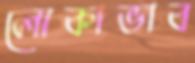
লোকাভাব